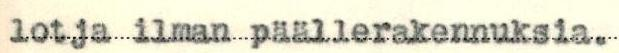
lotja ilman päällerakennuksia.